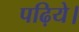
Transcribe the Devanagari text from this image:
पढ़िये।